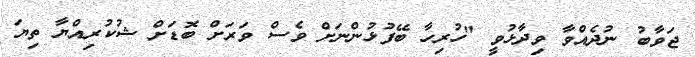
ޖަވާބު ނުދެއްވާ ވިދާޅުވީ "ހުރިހާ ބޭފުޅުންނަށް ވެސް ވަރަށް ބޮޑަށް ޝުކުރިއްޔާ ތިޔަ